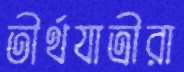
তীর্থযাত্রীরা